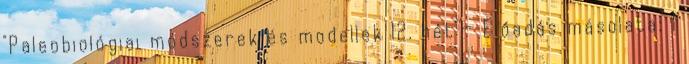
"Paleobiológiai módszerek és modellek 12. hét"— Előadás másolata: 1